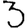
Digit: 3